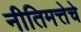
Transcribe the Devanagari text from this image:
नीतिमत्तेचे